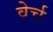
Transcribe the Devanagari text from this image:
वेर्च